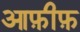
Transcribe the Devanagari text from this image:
आफ़ीफ़